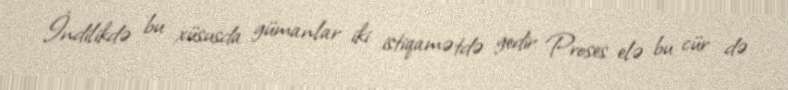
İndilikdə bu xüsusda gümanlar iki istiqamətdə gedir: Proses elə bu cür də